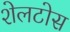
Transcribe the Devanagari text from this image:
शेलटोस